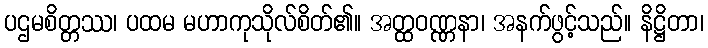
ပဌမစိတ္တဿ၊ ပထမ မဟာကုသိုလ်စိတ်၏။ အတ္ထဝဏ္ဏနာ၊ အနက်ဖွင့်သည်။ နိဋ္ဌိတာ၊